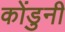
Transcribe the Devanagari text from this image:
कोंडुनी